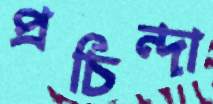
প্রচিন্দা